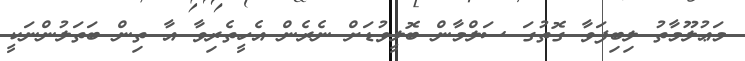
މަޢުލޫމާތު ލިބިފަވާ ގޮތުގަ ސަލްމާން ބޮލީވުޑަށް ނެރެން އެހީތެރިވާ އާ ތިން ބަތަލުންނަކީ